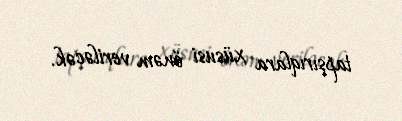
tapşırıqlara xüsusi önəm veriləcək.